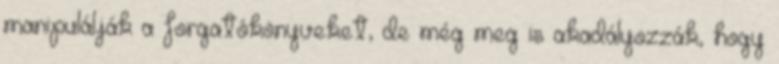
manipulálják a forgatókönyveket, de még meg is akadályozzák, hogy